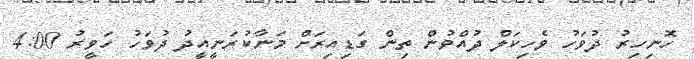
ހޮނިހިރު ދުވަހު ވެހިކަލް ދުއްވުން ތިން ގަޑިއިރަށް މަނާކުރަނީއީދު ދުވަހު ހަވީރު 4:00